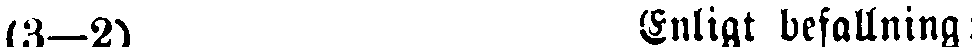
(3—2) Enligt befallning: